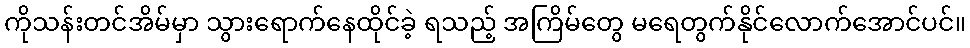
ကိုသန်းတင်အိမ်မှာ သွားရောက်နေထိုင်ခဲ့ ရသည့် အကြိမ်တွေ မရေတွက်နိုင်လောက်အောင်ပင်။